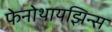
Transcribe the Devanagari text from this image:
फेनोथायझिन्स